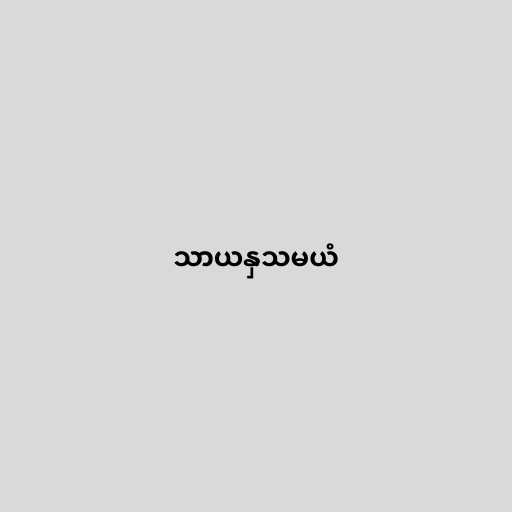
သာယနှသမယံ